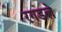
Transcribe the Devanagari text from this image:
रगडले